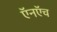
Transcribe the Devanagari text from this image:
ऍनऍच